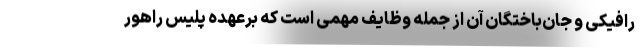
رافیکی و جان‌باختگان آن از جمله وظایف مهمی است که برعهده پلیس راهور